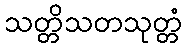
သတ္တိသတသုတ္တံ